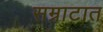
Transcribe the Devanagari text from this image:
सम्राटात